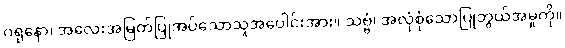
ဂရုနော၊ အလေးအမြတ်ပြုအပ်သောသူအပေါင်းအား။ သဗ္ဗံ၊ အလုံစုံသောပြုဘွယ်အမှုကို။